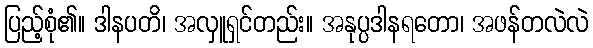
ပြည့်စုံ၏။ ဒါနပတိ၊ အလှူရှင်တည်း။ အနုပ္ပဒါနရတော၊ အဖန်တလဲလဲ